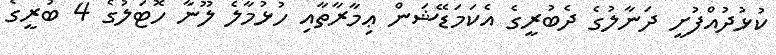
ކުޅުދުއްފުށީ ދަނާލުގެ ދެބުރީގެ އެކަމަޑޭޝަން ޢިމާރާތާއި ހުޅުމާލެ ލޫނާ ހޮޓަލުގެ 4 ބުރީގެ